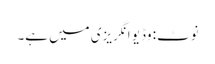
نوٹَ: وڈیو انگریزی میں ہے۔